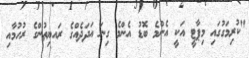
"ކުރިމަގުގައި މިޕާޓީ އަކީ އެންމެ ބޮޑު އެންމެ ގިނަ އަދަދެއްގެ ރައޔިތުންގެ ރުހުމާއި